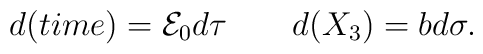
d(time)={\cal E}_{0} d\tau \quad \quad d(X_{3})=b d\sigma.